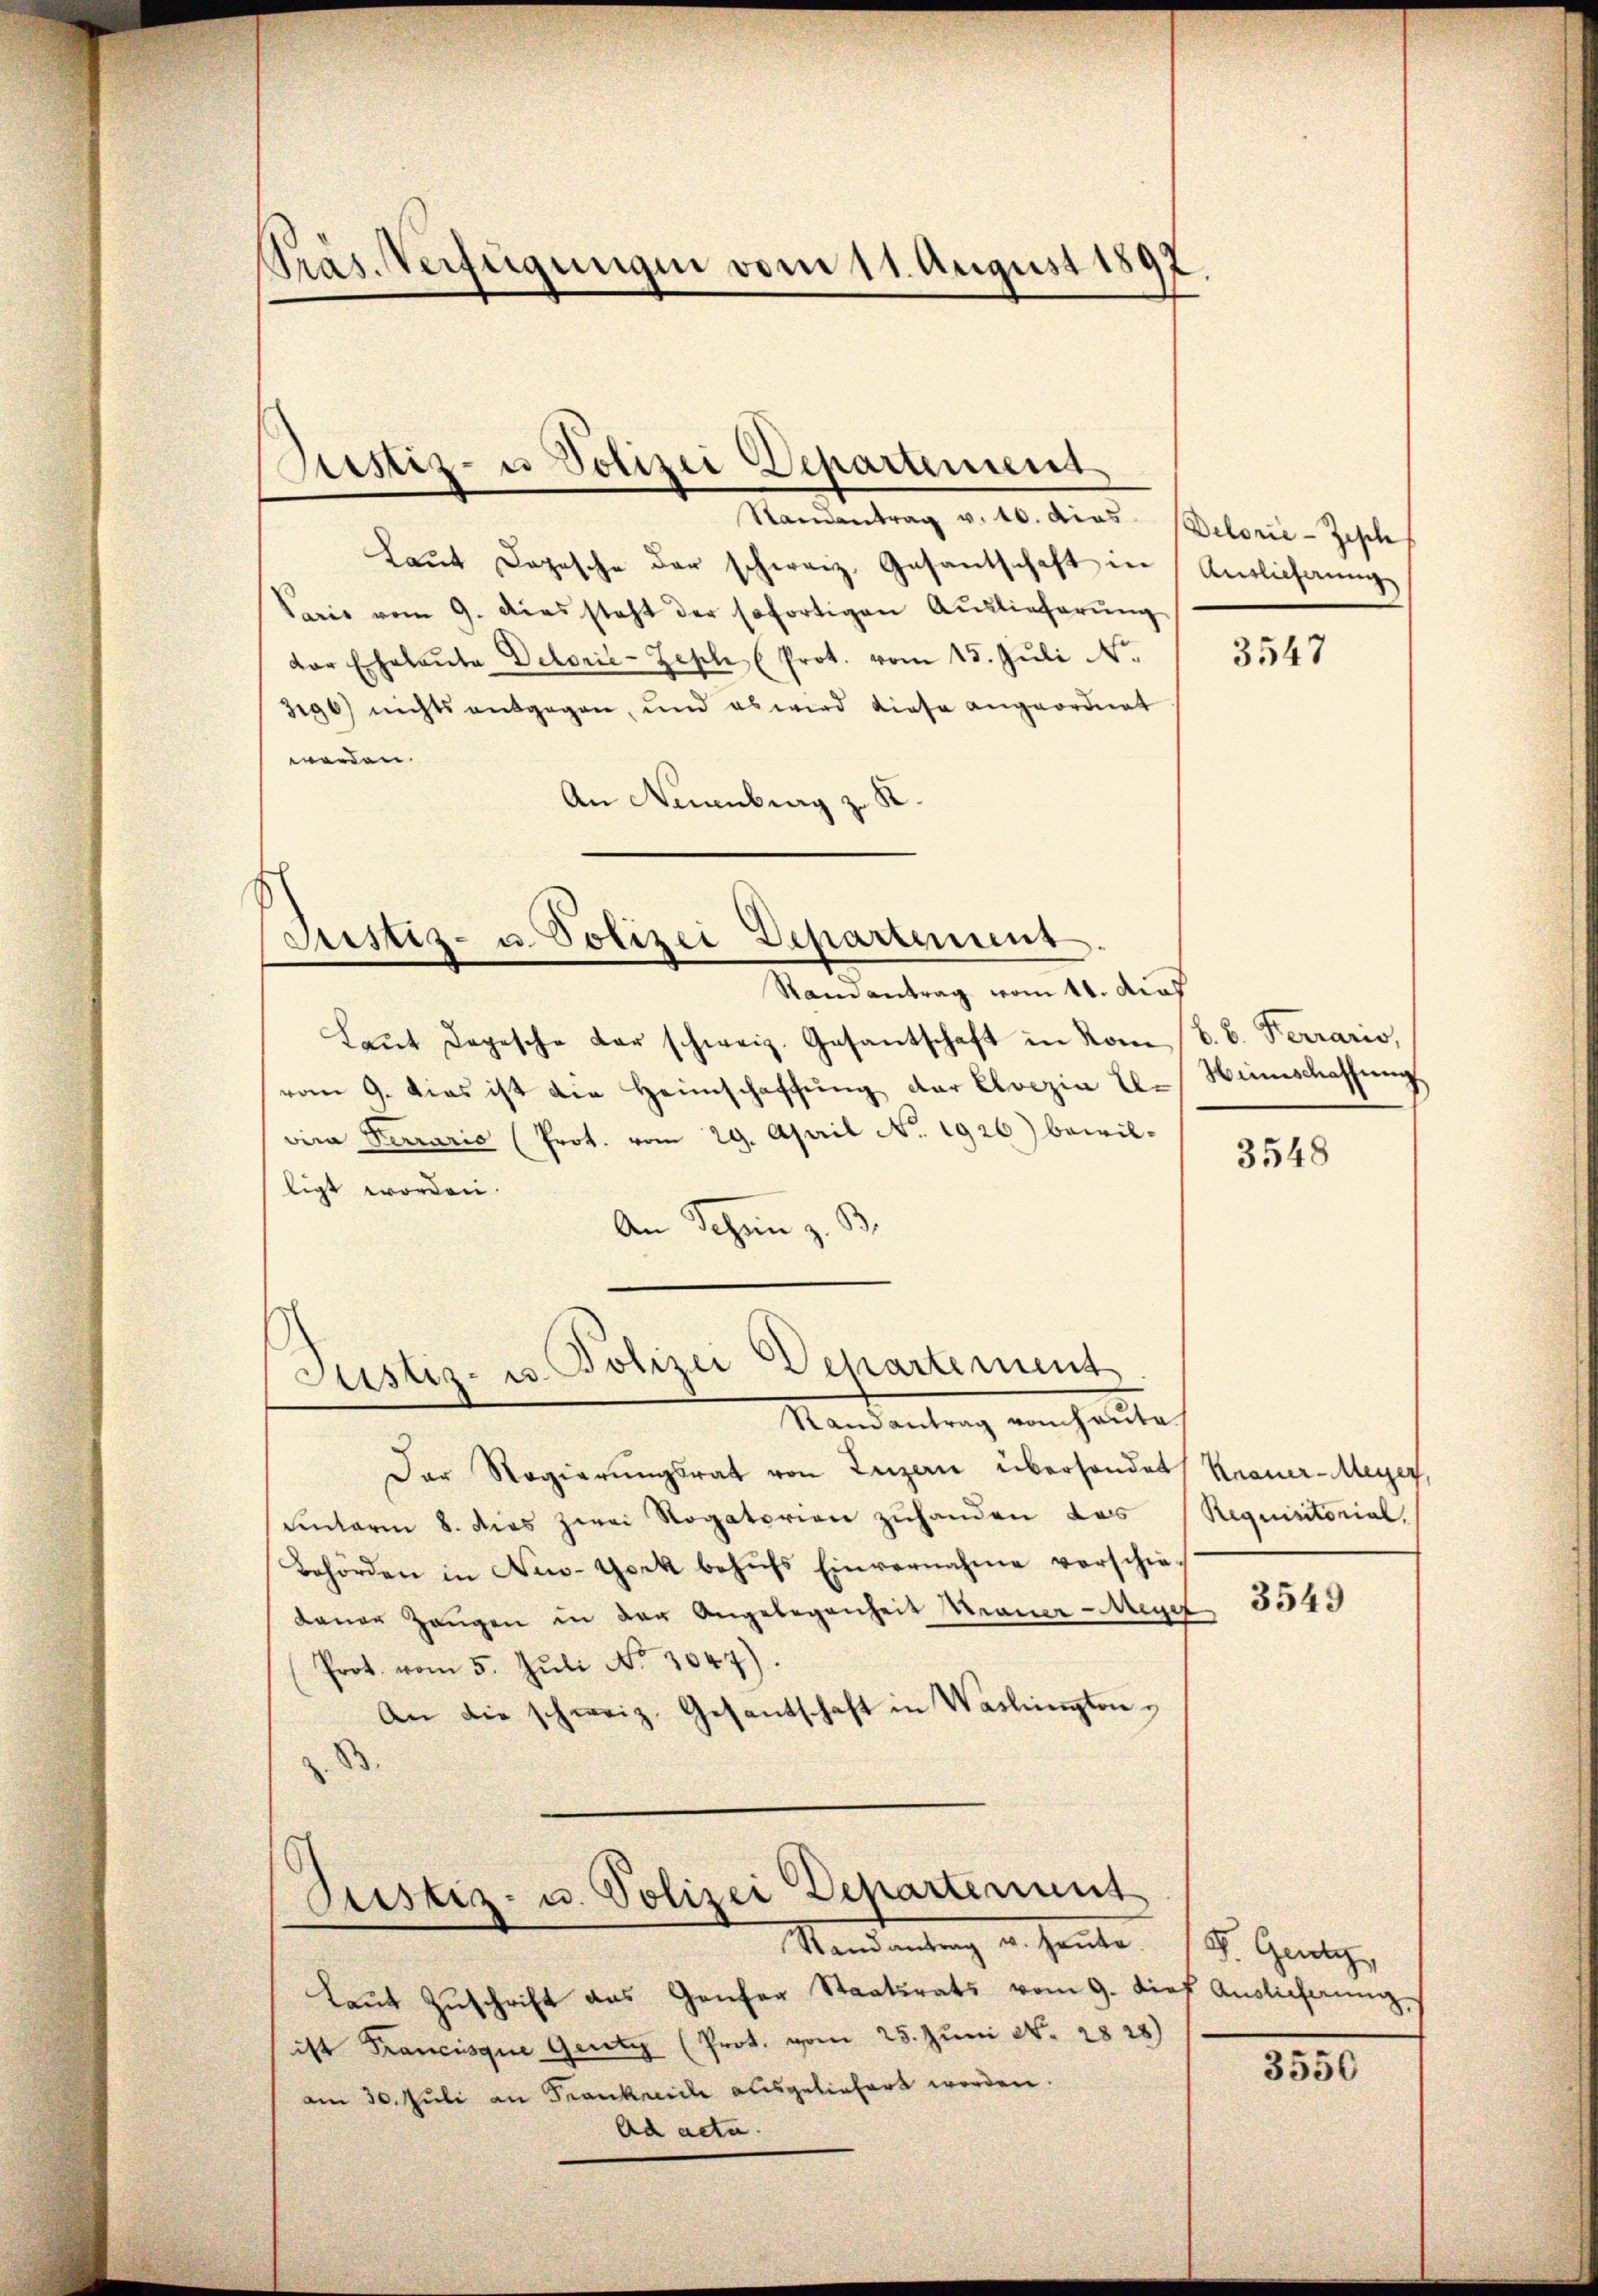
Präs. Verfügungen vom 11. August 1897.

Justiz- u Polizei Departement

Samantrag v. 10. dies
Laŭt Depesche der schweiz. Gesantschaft in Auslichung
Paris vom 9. dies steht der sofortigen Auslieferŭng
der Eheleute Dekorie-Zeph (Prot. vom 15. Juli N.
390) nichts entgegen, und es wird diese angeordnet
werden.
d
An Neuenburg zu

Justiz- u. Polizei Departement.

Justiz- u. Polizei Departement

Ramantrag vom 11. Aus
Laŭt Depesche der schweiz. Gesantschaft in kam (B. b. Ferraris,
vom 9. dies ist die Heimschaffung der Cloezia El-
vina Parrario (Prot. vom 29. April No. 1926) bewil-
ligt worden.
An Schen z.

Randantrag von heute.
Der Regierungsrat von Luzern überhandert Kraner-Meyer,
unterm 8. dies zwei Rogatorien zuhanden das
Behörden in New-York behŭfs Einvernahme verschie-
daŭer Zangen in der Angelegenheit Manner-Meyer
Prot. vom 5. Jŭli No 3047).
An die schweiz. Gesantschaft in Waslington¬

Justiz- u. Polizei Departement
Randantrag u. heute.

Delorie - Zisch

Laŭt Zŭschrift das Ganfer Staatsrats vom 9. die Auslicherŭng
ist Francisque Genty (Prot. von 25. Juni No. 2828)
am 30. Juli an Frankreiche ausgeliefert worden.
Ad acta.

3547

Winschaffung

3548

Requisitorial.

3549

F. Gewey,

3550